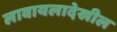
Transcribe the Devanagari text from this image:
लावायलादेखील